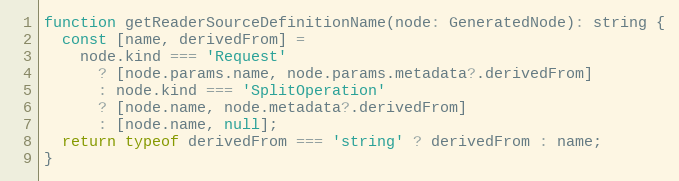
Language: JavaScript
function getReaderSourceDefinitionName(node: GeneratedNode): string {
  const [name, derivedFrom] =
    node.kind === 'Request'
      ? [node.params.name, node.params.metadata?.derivedFrom]
      : node.kind === 'SplitOperation'
      ? [node.name, node.metadata?.derivedFrom]
      : [node.name, null];
  return typeof derivedFrom === 'string' ? derivedFrom : name;
}